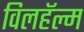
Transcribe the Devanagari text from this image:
विलहॅल्म